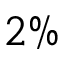
2 \%